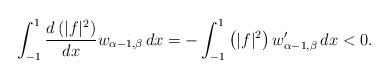
LaTeX: \begin{align*} \int_{-1}^1\frac{d\left(|f|^2\right)}{dx} w_{\alpha-1,\beta}\,dx = - \int_{-1}^1 \left(|f|^2\right) w_{\alpha-1,\beta}' \,dx < 0. \end{align*}